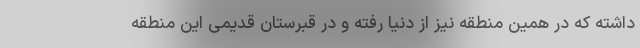
داشته که در همین منطقه نیز از دنیا رفته و در قبرستان قدیمی این منطقه